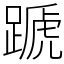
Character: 蹏